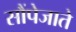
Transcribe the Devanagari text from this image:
सौंपेजाते